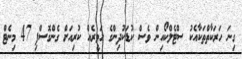
ގިނަ ހަރަކާތްތަކާއެކު ސްޓެލްކޯއިން ވެސް ކުޑަކުދިންގެ ހަވީރެއް ކުރިއަށް ގެންގޮސްފި 47 މިނެޓް